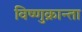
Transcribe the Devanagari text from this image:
विष्णुक्रान्ता